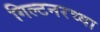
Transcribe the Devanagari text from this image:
गिल्टनरच्या